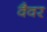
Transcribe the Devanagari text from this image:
वैवर